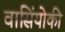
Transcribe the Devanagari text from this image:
वासिंयोकी